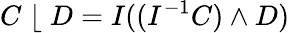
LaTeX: C\; \lfloor\; D=I((I^{-1}C)\wedge D)